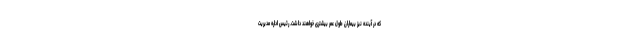
که در آینده نیز بیماران طول عمر بیشتری خواهند داشت. رئیس اداره مدیریت